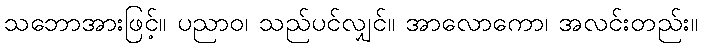
သဘောအားဖြင့်။ ပညာဝ၊ သည်ပင်လျှင်။ အာလောကော၊ အလင်းတည်း။